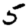
Digit: 5